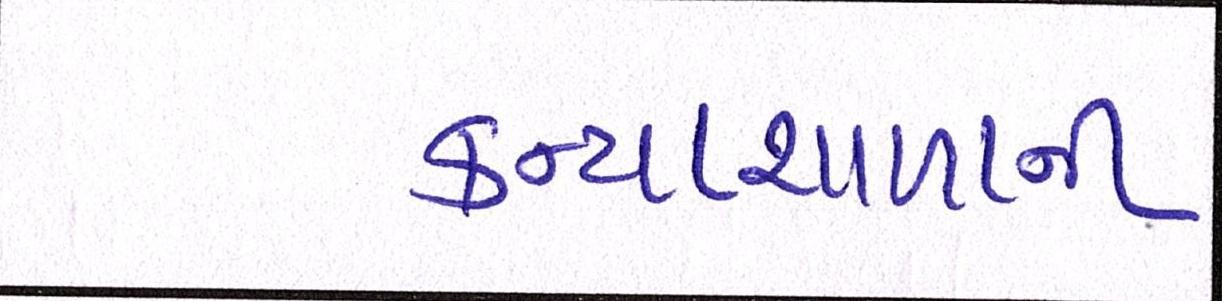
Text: કન્યાશાળાની